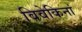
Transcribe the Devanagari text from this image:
विवेकिनां